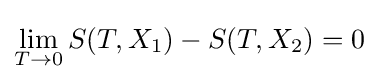
\lim _{T\to 0}S(T,X_{1})-S(T,X_{2})=0